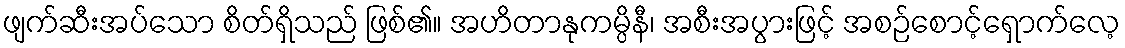
ဖျက်ဆီးအပ်သော စိတ်ရှိသည် ဖြစ်၏။ အဟိတာနုကမ္ပိနီ၊ အစီးအပွားဖြင့် အစဉ်စောင့်ရှောက်လေ့